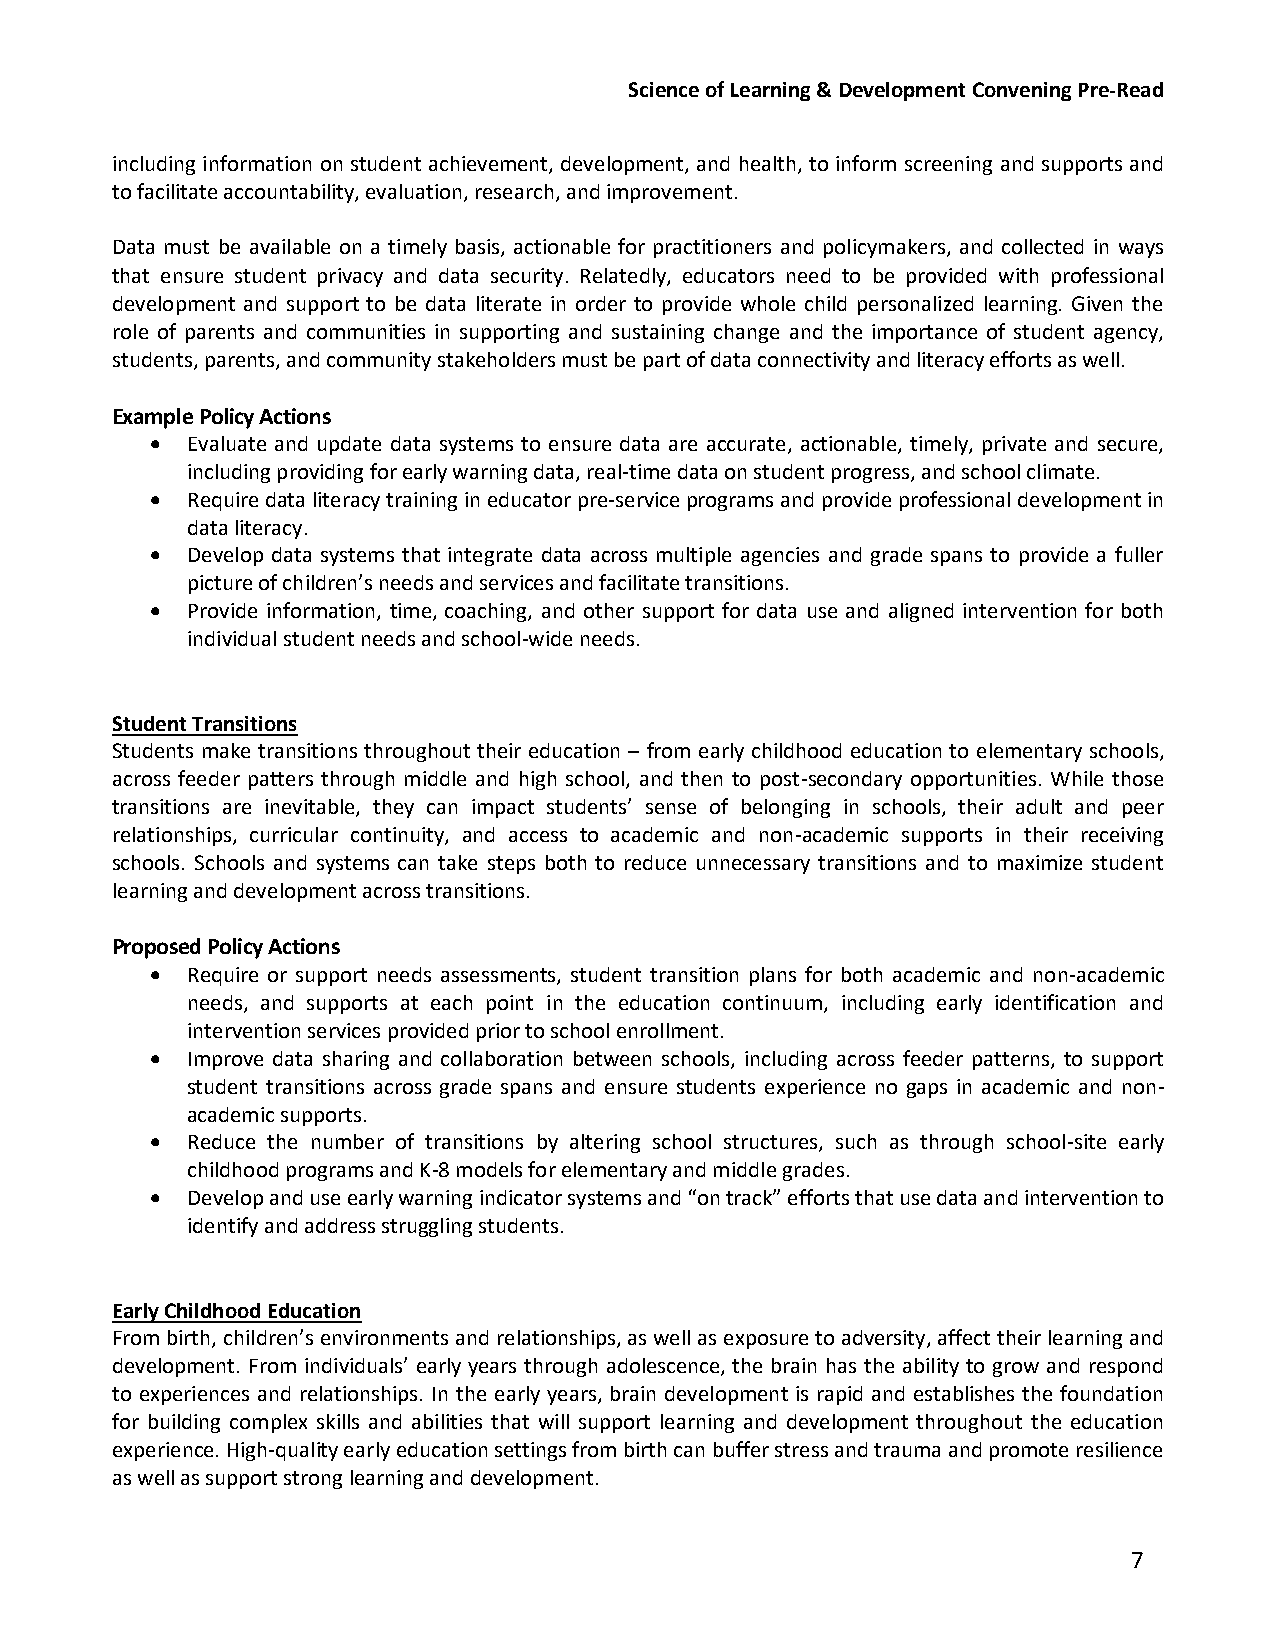
Science of Learning & Development Convening Pre-Read
 including information on student achievement, development, and health, to inform screening and supports and
 to facilitate accountability, evaluation, research, and improvement.
 Data must be available on a timely basis, actionable for practitioners and policymakers, and collected in ways
 that ensure student privacy and data security. Relatedly, educators need to be provided with professional
 development and support to be data literate in order to provide whole child personalized learning. Given the
 role of parents and communities in supporting and sustaining change and the importance of student agency,
 students, parents, and community stakeholders must be part of data connectivity and literacy efforts as well.
 Example Policy Actions
  Evaluate and update data systems to ensure data are accurate, actionable, timely, private and secure,
 including providing for early warning data, real-time data on student progress, and school climate.
  Require data literacy training in educator pre-service programs and provide professional development in
 data literacy.
  Develop data systems that integrate data across multiple agencies and grade spans to provide a fuller
 picture of children’s needs and services and facilitate transitions.
  Provide information, time, coaching, and other support for data use and aligned intervention for both
 individual student needs and school-wide needs.
 Student Transitions
 Students make transitions throughout their education – from early childhood education to elementary schools,
 across feeder patters through middle and high school, and then to post-secondary opportunities. While those
 transitions are inevitable, they can impact students’ sense of belonging in schools, their adult and peer
 relationships, curricular continuity, and access to academic and non-academic supports in their receiving
 schools. Schools and systems can take steps both to reduce unnecessary transitions and to maximize student
 learning and development across transitions.
 Proposed Policy Actions
  Require or support needs assessments, student transition plans for both academic and non-academic
 needs, and supports at each point in the education continuum, including early identification and
 intervention services provided prior to school enrollment.
  Improve data sharing and collaboration between schools, including across feeder patterns, to support
 student transitions across grade spans and ensure students experience no gaps in academic and non-
 academic supports.
  Reduce the number of transitions by altering school structures, such as through school-site early
 childhood programs and K-8 models for elementary and middle grades.
  Develop and use early warning indicator systems and “on track” efforts that use data and intervention to
 identify and address struggling students.
 Early Childhood Education
 From birth, children’s environments and relationships, as well as exposure to adversity, affect their learning and
 development. From individuals’ early years through adolescence, the brain has the ability to grow and respond
 to experiences and relationships. In the early years, brain development is rapid and establishes the foundation
 for building complex skills and abilities that will support learning and development throughout the education
 experience. High-quality early education settings from birth can buffer stress and trauma and promote resilience
 as well as support strong learning and development.
 7